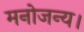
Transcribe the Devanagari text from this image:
मनोजन्य।